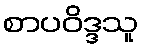
စာပဝိဒ္ဒသူ